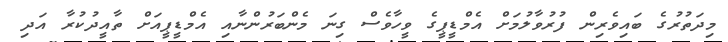
މިދަތުރުގެ ބައިވެރިން ފުރުވާލުމަށް އެމްޑީޕީގެ ވީހާވެސް ގިނަ މެންބަރުންނާއި އެމްޑީޕީއަށް ތާއީދުކުރާ އަދި